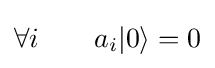
\forall i\qquad a_{i}|0\rangle =0